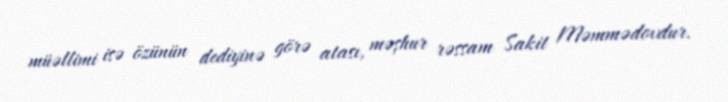
müəllimi isə özünün dediyinə görə atası, məşhur rəssam Sakit Məmmədovdur.